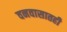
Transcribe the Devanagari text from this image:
वनवासातही